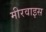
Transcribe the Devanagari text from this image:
मीरवाइस